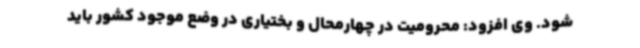
شود. وی افزود: محرومیت در چهارمحال و بختیاری در وضع موجود کشور باید